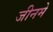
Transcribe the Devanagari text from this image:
जीनमे